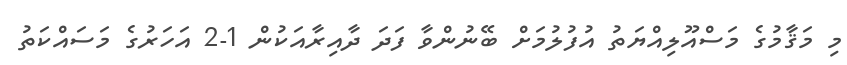
މި މަޤާމުގެ މަސްއޫލިއްޔަތު އުފުލުމަށް ބޭނުންވާ ފަދަ ދާއިރާއަކުން 1-2 އަހަރުގެ މަސައްކަތު